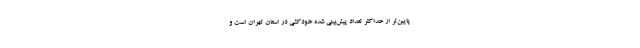
پایین‌تر از حداکثر تعداد پیش‌بینی شده خودکشی در استان تهران است و